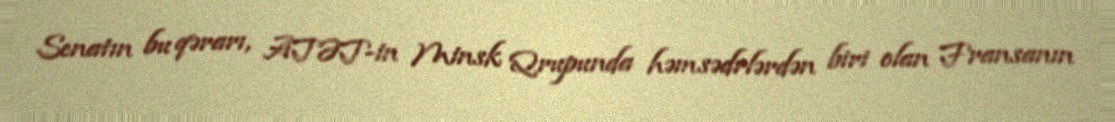
Senatın bu qərarı, ATƏT-in Minsk Qrupunda həmsədrlərdən biri olan Fransanın